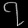
Digit: ၇